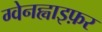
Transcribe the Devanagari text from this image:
ग्वेनह्वाइफ़र